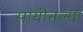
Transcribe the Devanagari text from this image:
सायीतल्या